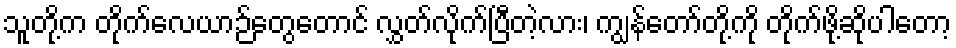
သူတို့က တိုက်လေယာဉ်တွေတောင် လွှတ်လိုက်ပြီတဲ့လား၊ ကျွန်တော်တို့ကို တိုက်ဖို့ဆိုပါတော့